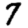
Digit: 7